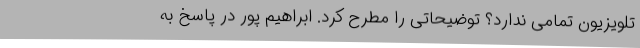
تلویزیون تمامی ندارد؟ توضیحاتی را مطرح کرد. ابراهیم پور در پاسخ به